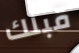
قبلك